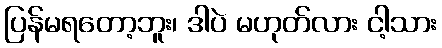
ပြန်မရတော့ဘူး၊ ဒါပဲ မဟုတ်လား ငါ့သား